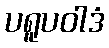
ပရူပဝါဒံ